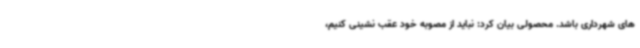
های شهرداری باشد. محصولی بیان کرد: نباید از مصوبه خود عقب نشینی کنیم،